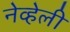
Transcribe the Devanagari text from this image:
नेव्हेली